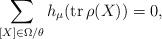
LaTeX: \begin{align*} \sum_{[X] \in \Omega/\theta} h_{\mu}({\rm tr}\,\rho(X)) = 0, \end{align*}